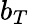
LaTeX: b_{T}